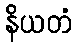
နိယတံ